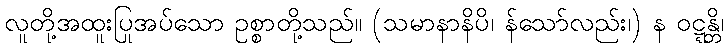
လူတို့အထူးပြုအပ်သော ဥစ္စာတို့သည်။ (သမာနာနိပိ၊ န်သော်လည်း၊) န ဝဋ္ဋန္တိ၊